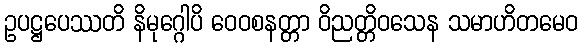
ဥပဋ္ဌပေဿတိ နိမုဂ္ဂေါပိ ဝေဝစနတ္တာ ဝိညတ္တိဝသေန သမာဟိတမေဝ